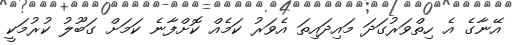
އޭނާގެ އެ ހިތްވަރުގަދަ މައިދައިތަ އެވަރު ކަމެއް ކޮށްފާނެ ކަމަށް ގަބޫލު ކުރުމަކީ